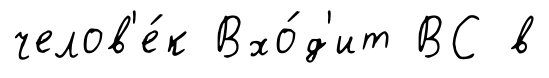
челов'е́к Вхо́д'ит ВС в